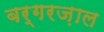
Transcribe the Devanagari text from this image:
बर्गरज़ाल